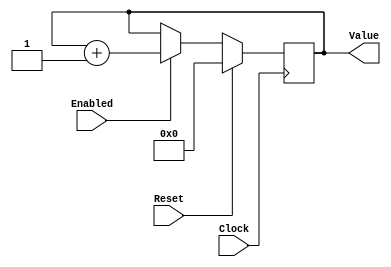
`timescale 1ns/1ps
`default_nettype none
// PLEASE READ THIS, IT MAY SAVE YOU SOME TIME AND MONEY, THANK YOU!
// * This file was generated by Quokka FPGA Toolkit.
// * Generated code is your property, do whatever you want with it
// * Place custom code between [BEGIN USER ***] and [END USER ***].
// * CAUTION: All code outside of [USER] scope is subject to regeneration.
// * Bad things happen sometimes in developer's life,
//   it is recommended to use source control management software (e.g. git, bzr etc) to keep your custom code safe'n'sound.
// * Internal structure of code is subject to change.
//   You can use some of signals in custom code, but most likely they will not exist in future (e.g. will get shorter or gone completely)
// * Please send your feedback, comments, improvement ideas etc. to evmuryshkin@gmail.com
// * Visit https://github.com/EvgenyMuryshkin/QuokkaEvaluation to access latest version of playground
//
// DISCLAIMER:
//   Code comes AS-IS, it is your responsibility to make sure it is working as expected
//   no responsibility will be taken for any loss or damage caused by use of Quokka toolkit.
//
// System configuration name is CounterModule_TopLevel, clock frequency is 1Hz, Top-level
// FSM summary
// -- Packages
module CounterModule_TopLevel
(
	// [BEGIN USER PORTS]
	// [END USER PORTS]
	input wire Clock,
	input wire Reset,
	input wire Enabled,
	output wire [7:0] Value
);
	// [BEGIN USER SIGNALS]
	// [END USER SIGNALS]
	localparam HiSignal = 1'b1;
	localparam LoSignal = 1'b0;
	wire Zero = 1'b0;
	wire One = 1'b1;
	wire true = 1'b1;
	wire false = 1'b0;
	wire CounterModule_L19F65T66_Expr = 1'b1;
	wire Inputs_Enabled;
	reg [7: 0] NextState_Value;
	wire [7: 0] NextValue;
	wire [7: 0] CounterModule_L19F34T80_WhenTrue;
	wire [7: 0] CounterModule_L19F34T80_WhenFalse;
	wire [7: 0] CounterModule_L19F34T80_Ternary;
	wire [7: 0] CounterModule_L19F27T81_Cast;
	reg [7: 0] State_Value = 8'b00000000;
	wire [7: 0] State_ValueDefault = 8'b00000000;
	wire [9: 0] CounterModule_L19F51T66_Expr;
	wire signed [9: 0] CounterModule_L19F51T66_Expr_1;
	wire signed [9: 0] CounterModule_L19F51T66_Expr_2;
	always @ (posedge Clock)
	begin
		if ((Reset == 1))
		begin
			State_Value <= State_ValueDefault;
		end
		else
		begin
			State_Value <= NextState_Value;
		end
	end
	assign CounterModule_L19F51T66_Expr = CounterModule_L19F51T66_Expr_1 + CounterModule_L19F51T66_Expr_2;
	assign CounterModule_L19F34T80_Ternary = (Inputs_Enabled ? CounterModule_L19F34T80_WhenTrue : CounterModule_L19F34T80_WhenFalse);
	always @ (*)
	begin
		NextState_Value = State_Value;
		NextState_Value = NextValue;
	end
	assign CounterModule_L19F51T66_Expr_1 = {
		{2{1'b0}},
		State_Value
	}
	;
	assign CounterModule_L19F51T66_Expr_2 = {
		{9{1'b0}},
		CounterModule_L19F65T66_Expr
	}
	;
	assign Inputs_Enabled = Enabled;
	assign CounterModule_L19F34T80_WhenTrue = CounterModule_L19F51T66_Expr[7:0];
	assign CounterModule_L19F34T80_WhenFalse = State_Value;
	assign CounterModule_L19F27T81_Cast = CounterModule_L19F34T80_Ternary;
	assign NextValue = CounterModule_L19F27T81_Cast;
	assign Value = State_Value;
	// [BEGIN USER ARCHITECTURE]
	// [END USER ARCHITECTURE]
endmodule